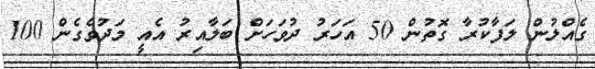
ގެއްލުން ލަފާކުރާ ގޮތުން 50 އަހަރު ދުވަހަށް ބަލާއިރު އެއީ މަދުވެގެން 100